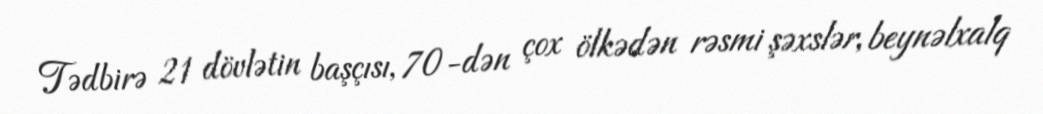
Tədbirə 21 dövlətin başçısı, 70-dən çox ölkədən rəsmi şəxslər, beynəlxalq